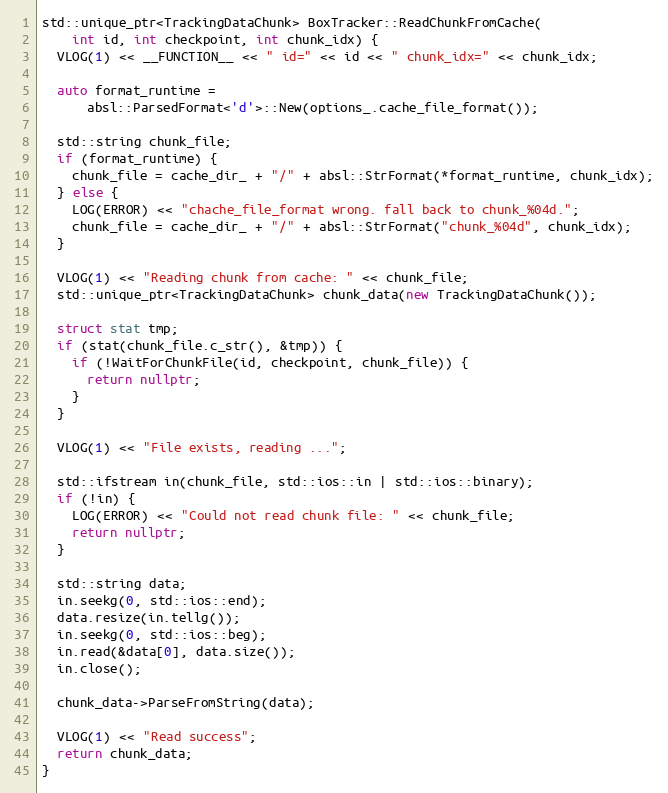
Language: C++
std::unique_ptr<TrackingDataChunk> BoxTracker::ReadChunkFromCache(
    int id, int checkpoint, int chunk_idx) {
  VLOG(1) << __FUNCTION__ << " id=" << id << " chunk_idx=" << chunk_idx;

  auto format_runtime =
      absl::ParsedFormat<'d'>::New(options_.cache_file_format());

  std::string chunk_file;
  if (format_runtime) {
    chunk_file = cache_dir_ + "/" + absl::StrFormat(*format_runtime, chunk_idx);
  } else {
    LOG(ERROR) << "chache_file_format wrong. fall back to chunk_%04d.";
    chunk_file = cache_dir_ + "/" + absl::StrFormat("chunk_%04d", chunk_idx);
  }

  VLOG(1) << "Reading chunk from cache: " << chunk_file;
  std::unique_ptr<TrackingDataChunk> chunk_data(new TrackingDataChunk());

  struct stat tmp;
  if (stat(chunk_file.c_str(), &tmp)) {
    if (!WaitForChunkFile(id, checkpoint, chunk_file)) {
      return nullptr;
    }
  }

  VLOG(1) << "File exists, reading ...";

  std::ifstream in(chunk_file, std::ios::in | std::ios::binary);
  if (!in) {
    LOG(ERROR) << "Could not read chunk file: " << chunk_file;
    return nullptr;
  }

  std::string data;
  in.seekg(0, std::ios::end);
  data.resize(in.tellg());
  in.seekg(0, std::ios::beg);
  in.read(&data[0], data.size());
  in.close();

  chunk_data->ParseFromString(data);

  VLOG(1) << "Read success";
  return chunk_data;
}